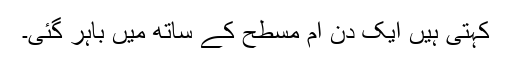
کہتی ہیں ایک دن ام مسطح کے ساتھ مَیں باہر گئی۔